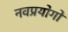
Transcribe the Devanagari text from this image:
नवप्रयोगों